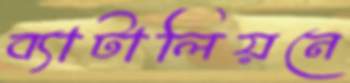
ব্যাটালিয়নে